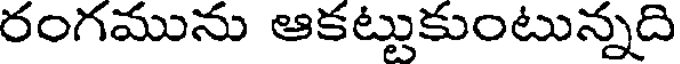
రంగమును ఆకట్టుకుంటున్నది